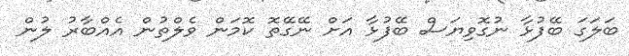
ބަލަގަ ބޭފުޅާ ނުގޮވިޔަސް ބޭފުޅާ އަށް ނޭގޭތޮ ކޮމަން ވެލްތުން އެއްބާރު ލުން